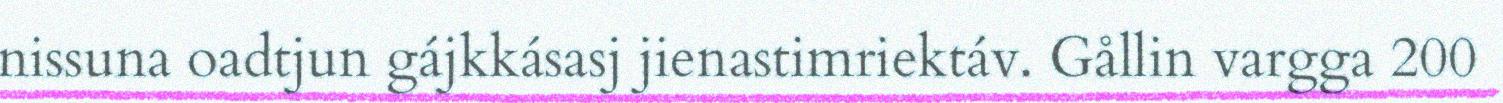
nissuna oadtjun gájkkásasj jienastimriektáv. Gållin vargga 200